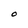
Character: O